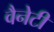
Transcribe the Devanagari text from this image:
वैनेटी